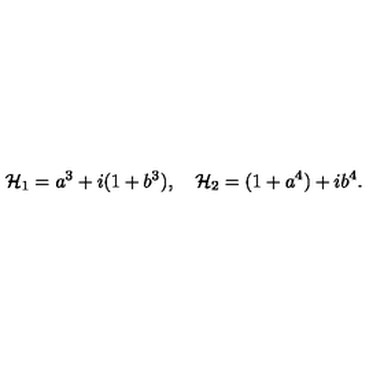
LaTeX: { \cal H } _ { 1 } = a ^ { 3 } + i ( 1 + b ^ { 3 } ) , \quad { \cal H } _ { 2 } = ( 1 + a ^ { 4 } ) + i b ^ { 4 } .